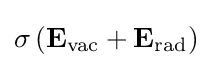
{\sigma }\left(\mathbf {E} _{\mathrm {vac} }+\mathbf {E} _{\mathrm {rad} }\right)